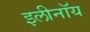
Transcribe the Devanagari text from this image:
इलीनॉय